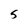
Character: 5